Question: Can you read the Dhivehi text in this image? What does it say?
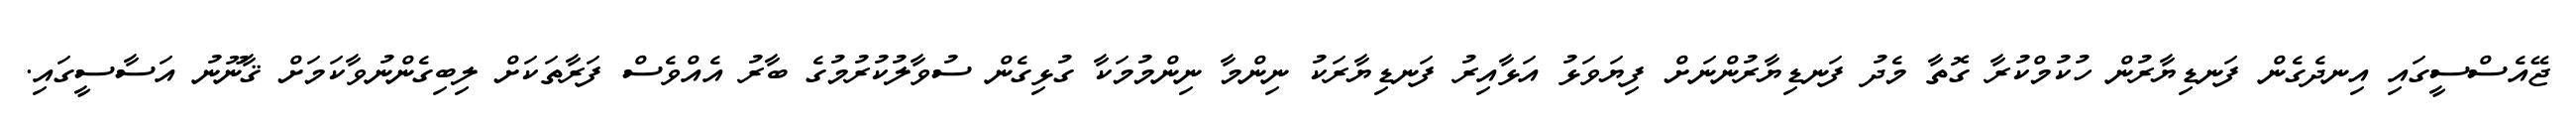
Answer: ޖޭއެސްސީގައި އިނދެގެން ފަނޑިޔާރުން ހުކުމްކުރާ ގޮތާ މެދު ފަނޑިޔާރުންނަށް ފިޔަވަޅު އަޅާއިރު ފަނޑިޔާރަކު ނިންމާ ނިންމުމަކާ ގުޅިގެން ސުވާލުކުރުމުގެ ބާރު އެއްވެސް ފަރާތަކަށް ލިބިގެންނުވާކަމަށް ޤާނޫނު އަސާސީގައި.